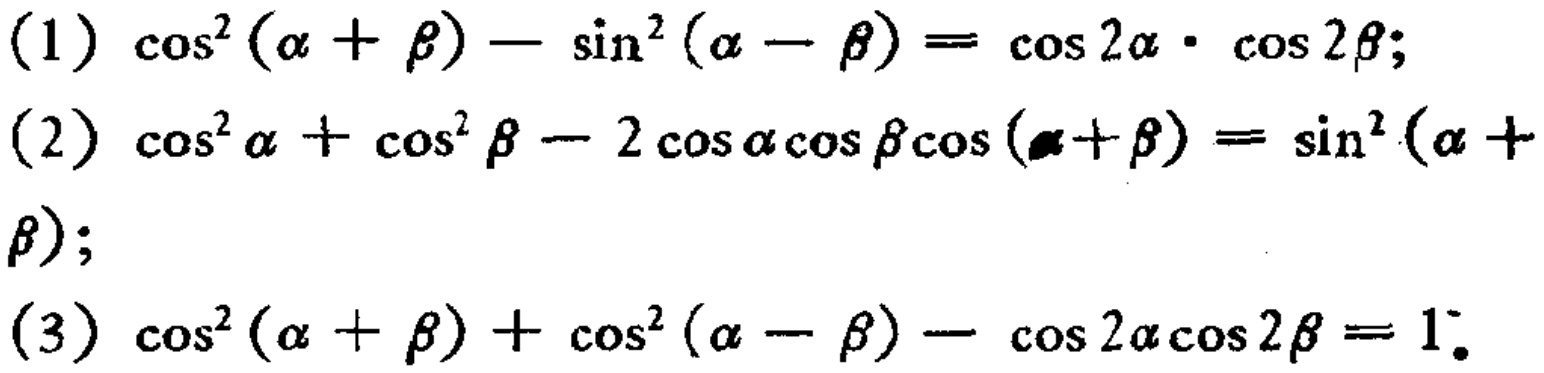
(1) \(\cos^{2}(\alpha+\beta)-\sin^{2}(\alpha - \beta)=\cos2\alpha\cdot\cos2\beta\);

(2) \(\cos^{2}\alpha+\cos^{2}\beta - 2\cos\alpha\cos\beta\cos(\alpha+\beta)=\sin^{2}(\alpha+\beta)\);

(3) \(\cos^{2}(\alpha+\beta)+\cos^{2}(\alpha - \beta)-\cos2\alpha\cos2\beta = 1\).